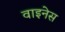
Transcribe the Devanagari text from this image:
वाइनेस